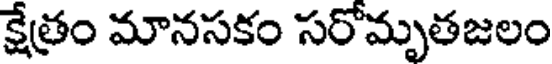
క్షేత్రం మానసకం సరోమృతజలం